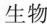
生物